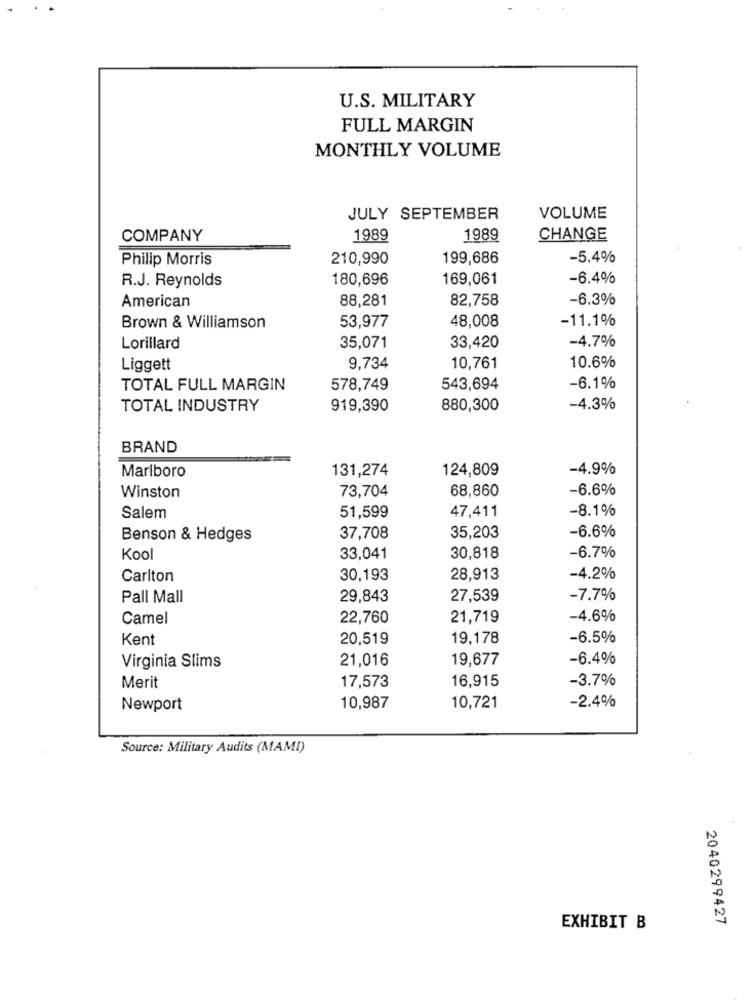
U.S. MILITARY
FULL MARGIN
MONTHLY VOLUME
JULY SEPTEMBER
VOLUME
COMPANY
1989
1989
CHANGE
Philip Morris
210,990
199,686
-5.4%
R.J. Reynolds
180,696
169,061
-6.4%
American
88,281
82,758
-6.3%
48,008
-11.1%
Brown & Williamson
53,977
-4.7%
Lorillard
35,071
33,420
Liggett
9,734
10,761
10.6%
TOTAL FULL MARGIN
578,749
543,694
-6.1%
TOTAL INDUSTRY
919,390
880,300
-4.3%
BRAND
131,274
124,809
-4.9%
Marlboro
73,704
68,860
-6.6%
Winston
47,411
-8.1%
Salem
51,599
-6.6%
Benson & Hedges
37,708
35,203
Kool
33,041
30,818
-6.7%
Carlton
30,193
28,913
-4.2%
Pall Mall
29,843
27,539
-7.7%
Camel
22,760
21,719
-4.6%
Kent
20,519
19,178
-6.5%
21,016
19,677
-6.4%
Virginia Slims
16,915
-3.7%
Merit
17,573
-2.4%
Newport
10,987
10,721
Source: Military Audits (MAMI)
2040299427
EXHIBIT B